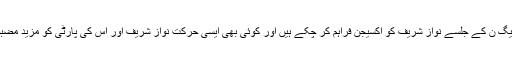
کیونکہ مسلم لیگ ن کے جلسے نواز شریف کو آکسیجن فراہم کر چکے ہیں اور کوئی بھی ایسی حرکت نواز شریف اور اس کی پارٹی کو مزید مضبوط کرے گی۔